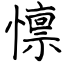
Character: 懔